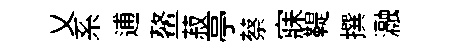
乂系逋鳌菽亭蔡寐鞮撰瀜